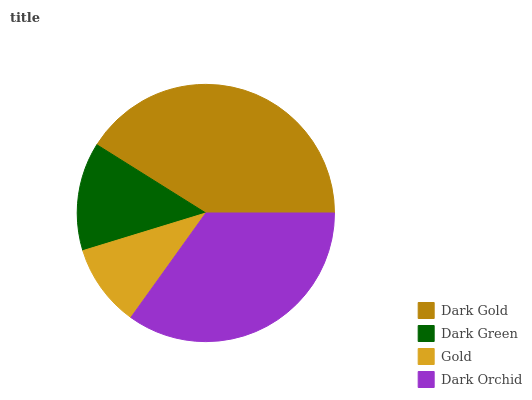
| Dark Gold | Dark Green | Gold | Dark Orchid |
 | --- | --- | --- | --- |
 | 41.1% | 13.6% | 10.4% | 34.9% |